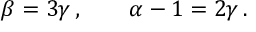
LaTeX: \beta = 3 \gamma \, , \qquad \alpha - 1 = 2 \gamma \, .